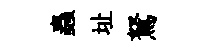
蟲址駑